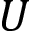
U